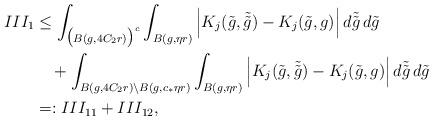
LaTeX: \begin{align*}III_1&\leq \int_{\big( B(g, 4 C_2 r) \big)^c} \int_{B(g,\eta r)}\Big|K_j(\tilde g,\tilde{\tilde g})-K_j(\tilde g,g)\Big| \, d\tilde{\tilde g} \,d\tilde g\\&\quad+ \int_{B(g, 4 C_2 r) \backslash B(g, c_* \eta r)} \int_{B(g,\eta r)}\Big|K_j(\tilde g,\tilde{\tilde g})-K_j(\tilde g,g)\Big| \, d\tilde{\tilde g} \,d\tilde g\\&=: III_{11}+III_{12},\end{align*}